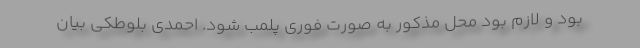
بود و لازم بود محل مذکور به صورت فوری پلمب شود. احمدی بلوطکی بیان